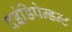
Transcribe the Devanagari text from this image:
दइंडिपेन्डन्ट